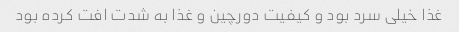
غذا خیلی سرد بود و کیفیت دورچین و غذا به شدت افت کرده بود